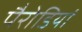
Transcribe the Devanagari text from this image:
पैरोडियां